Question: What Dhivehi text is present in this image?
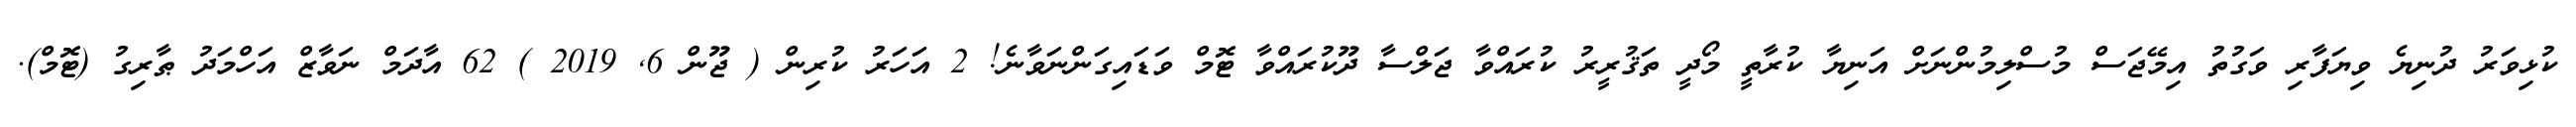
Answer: ކުޅިވަރު ދުނިޔެ ވިޔަފާރި ވަގުތު އިމޭޖަސް މުސްލިމުންނަށް އަނިޔާ ކުރާތީ މޯދީ ތަޤުރީރު ކުރައްވާ ޖަލްސާ ދޫކުރައްވާ ޓޮމް ވަޑައިގަންނަވާނެ! 2 އަހަރު ކުރިން ( ޖޫން 6, 2019 ) 62 އާދަމް ނަވާޒް އަހްމަދު ޠާރިގު (ޓޮމް).